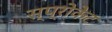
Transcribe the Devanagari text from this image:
स्प्रोकेट